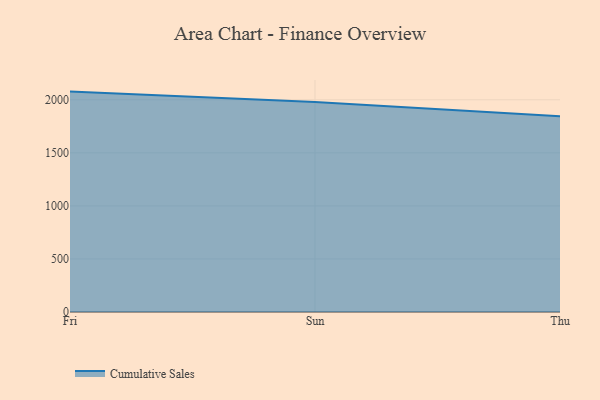
{"axis": {"x": "Day", "y": "Operating Costs (USD K)"}, "legend": ["Cumulative Sales"], "data": [{"x": "Fri", "y": 2077.0, "type": "Cumulative Sales"}, {"x": "Sun", "y": 1979.1, "type": "Cumulative Sales"}, {"x": "Thu", "y": 1845.1, "type": "Cumulative Sales"}]}